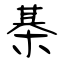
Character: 棊